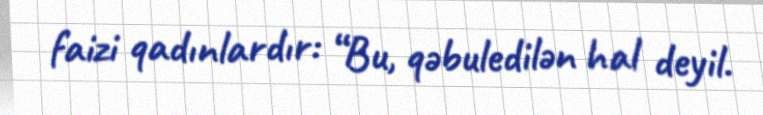
faizi qadınlardır: “Bu, qəbuledilən hal deyil.